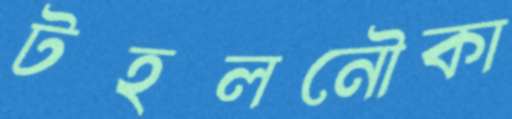
টহলনৌকা